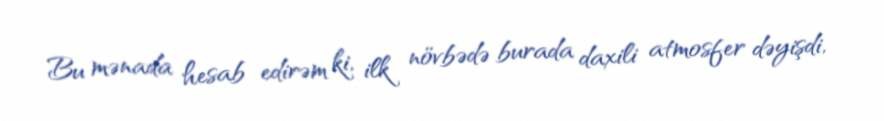
Bu mənada hesab edirəm ki, ilk növbədə burada daxili atmosfer dəyişdi,